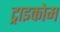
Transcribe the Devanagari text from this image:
ट्राइकोम